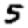
Digit: 5